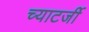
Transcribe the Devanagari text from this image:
च्याटर्जी